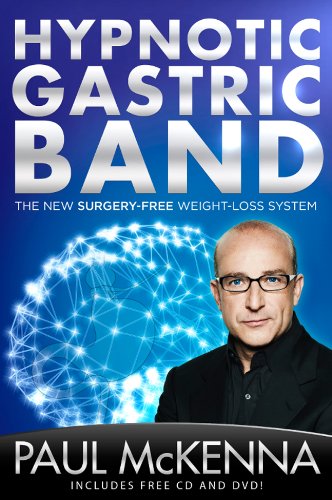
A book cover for Hypnotic Gastric Band: The New Surgery-Free Weight-Loss System; Paul McKenna; Self-Help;